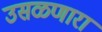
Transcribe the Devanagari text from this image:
उसळणारा